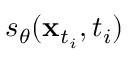
s _ { \theta } ( \mathbf { x } _ { t _ { i } } , t _ { i } )